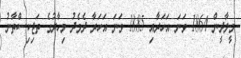
މީލާދީން 1864 ވަނަ އަހަރާއި 1885 ވަނަ އަހަރާ ދެމެދު މިހާރުގެ ތަޖިކިސްތާނު